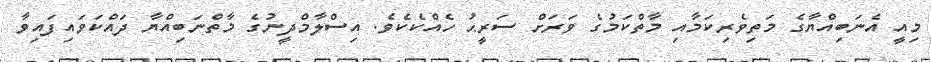
މިއީ އެނަބިއްޔާގެ މަތިވެރިކަމާއި މާތްކަމުގެ ވަރަށް ސަރީޙު ހެއްކެކެވެ. އިސްލާމްދީނުގެ މާތްނަބިއްޔާ ދައްކަވައިފައިވާ